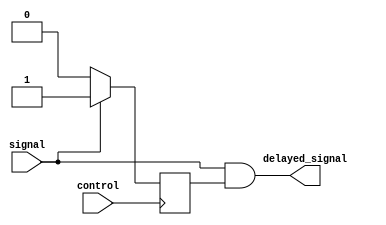
module TransmissionGateDelay (
    input wire signal,
    input wire control,
    output reg delayed_signal
);

reg internal_delayed_signal;

always @ (posedge control) begin
    if (signal) begin
        internal_delayed_signal <= 1'b1;
    end else begin
        internal_delayed_signal <= 1'b0;
    end
end

assign delayed_signal = signal & internal_delayed_signal;

endmodule